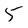
Character: 5